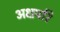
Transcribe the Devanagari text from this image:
अक्षपरि